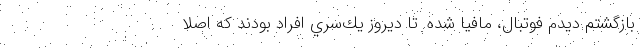
بازگشتم ديدم فوتبال، مافيا شده. تا ديروز يك‌سري افراد بودند كه اصلا